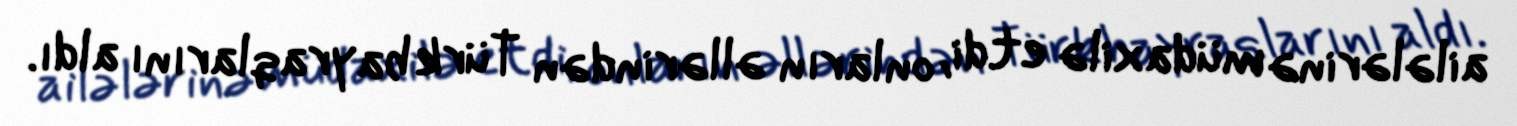
ailələrinə müdaxilə etdi, onların əllərindən Türk bayraqlarını aldı.